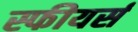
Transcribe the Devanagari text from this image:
स्फीयर्स